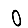
Digit: 0